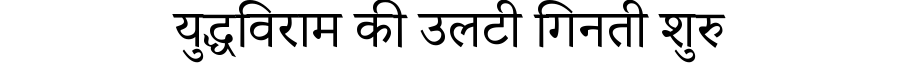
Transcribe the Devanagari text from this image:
युद्धविराम की उलटी गिनती शुरु